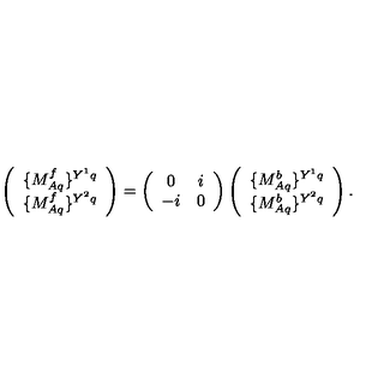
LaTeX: \left( \begin{array} { c } { \{ M _ { A q } ^ { f } \} ^ { Y ^ { 1 } q } } \\ { \{ M _ { A q } ^ { f } \} ^ { Y ^ { 2 } q } } \\ \end{array} \right) = \left( \begin{array} { c c } { 0 } & { i } \\ { - i } & { 0 } \\ \end{array} \right) \left( \begin{array} { c } { \{ M _ { A q } ^ { b } \} ^ { Y ^ { 1 } q } } \\ { \{ M _ { A q } ^ { b } \} ^ { Y ^ { 2 } q } } \\ \end{array} \right) .